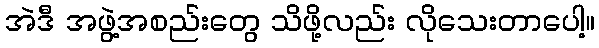
အဲဒီ အဖွဲ့အစည်းတွေ သိဖို့လည်း လိုသေးတာပေါ့။